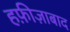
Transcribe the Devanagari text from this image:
हफ़ीज़ाबाद